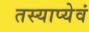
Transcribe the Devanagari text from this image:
तस्याप्येवं